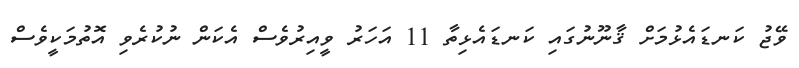
ވޭޖު ކަނޑައެޅުމަށް ޤާނޫނުގައި ކަނޑައެޅިތާ 11 އަހަރު ވީއިރުވެސް އެކަން ނުކުރެވި އޮތުމަކީވެސް